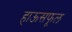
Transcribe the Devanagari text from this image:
हाऊसफूल